Medical and sanitary report of the native army of Bengal for the year
Year: 1876
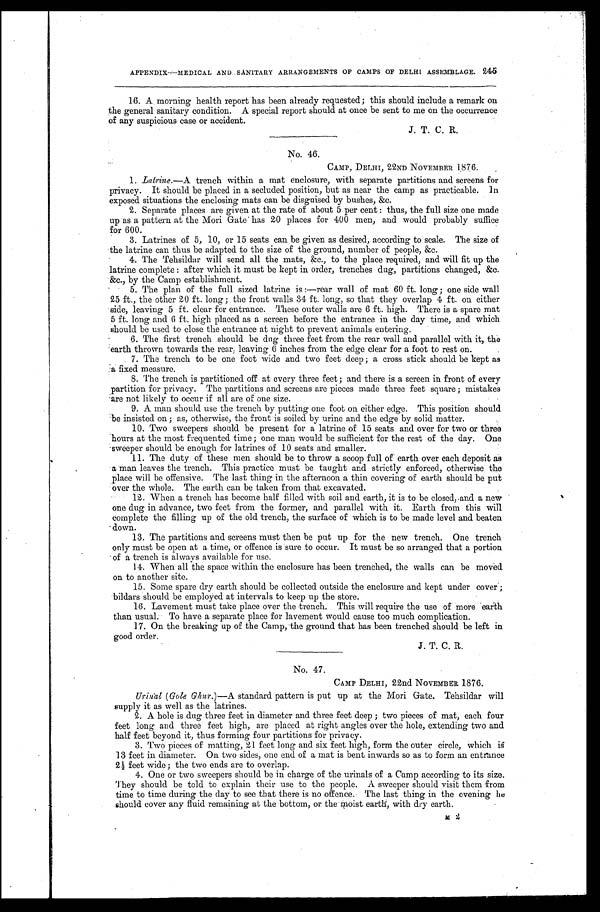
APPENDIX-MEDICAL AND.. SANITARY ARRANGEMENTS OF CAMPS OF DELHI ASSEMBLAGE. 245
16. A morning health report has been already requested.; this should include a remark on
the .general sanitary condition. A special report should at once be sent to me on the occurrence
of any suspicious case or accident.
J. T. C. R.
•
No. 46.
CAMP, DELHI, 22ND NOVEMBER 1876.
1. Latrine.—A trench within a mat enclosure, with separate partitions and screens for
privacy. It should be placed in a secluded position, but as near the camp as practicable. in
exposed situations the enclosing mats can be disguised by bushes, &c.
2. Separate places are given at the rate of about 5 per cent : thus, the full size one made
up •as-a pattern at the Mori Gate' has 20 places for 400 men, and would probably suffice
for 600.
3. Latrines of 5, 10, or 15 seats can be given as desired, according to scale. The size of
the latrine can thus be adapted to the size of the ground, number of people, &c.
• 4. The Tehsildar will send all the mats, &c., to the place required, and will fit up the
latrine complete : after which it must be kept in order, trenches dug, partitions changed, &c.
&c., by the Camp establishment.
• 5. The plan of the full sized latrine is :—rear wall of mat 60 ft. long ; one side wall
25 ft., the other 20 ft. long ; the front walls 34 ft. long, so that they overlap 4 ft. on either
side, leaving 5 ft. clear for entrance. These outer walls are 6 ft. high. There is a spare mat
5 ft. long and 6 ft. high placed as a screen before the entrance in the day time, and which
should be used to close the entrance at night to prevent animals entering.
6. The first trench should be dug three feet from the rear wall and parallel with it, the
'earth thrown towards the rear ; leaving 6 inches from the edge clear for a foot to rest on.
. 7. The trench to be one foot wide and two feet deep ; a cross stick should be kept as
:a fixed measure.
•
8. The trench is partitioned off at every three feet; and there is a screen in front of every
partition for privacy. The partitions and screens are pieces made three feet square ; mistakes
are not likely to occur if all are of one size.
9. A man should. use the trench by putting one foot on either edge. This position should
be insisted on ; as, otherwise, the front is soiled by urine and the edge by solid matter.
. 10. Two sweepers should be present for a latrine of 15 seats and over for two or three
hours at the most frequented time ; one man would be sufficient for the rest of the day. One
sweeper should be enough for latrines of 10 seats and smaller.
11. The duty of these men should be to throw a scoop full of earth over each deposit as
a man leaves the trench. This practice must be taught and strictly enforced, otherwise the
place will be offensive. The last thing in the afternoon a thin covering of earth should be put
•over the whole. The earth can be taken from that excavated.
• 12. When a trench has become half filled with soil and earth, it is to be closed, and a new
one dug in advance, two feet from the former, and parallel with it. Earth from this will
complete the filling up of the old trench, the surface of which is to be made level and beaten
down.
13. The partitions and screens must then be put up for the new trench. One trench
only must be open at a time, or offence is 'sure to occur. It must be so arranged that a portion
•of a trench is always available for use.
14. When all the space within the enclosure has been trenched, the walls can be. moved
on to another site.
15. Some spare dry earth should be collected outside the enclosure and kept under cover ;
bildars should be employed at intervals to keep up the store.
16. Lavement must take place over the trench. This will require the use of more earth
than usual. To have a separate place for lavement would cause too much complication.
17. On the breaking up of the Camp, -the ground that has been trenched should be left in
good order.
•
J. T. C. R.
No. 47.
•
CAMP DELHI, 22nd NOVEMBER 1876.
Urnal (Gole Ghur.)—A standard. pattern is put up at the Mori Gate. Tehsildar will
supply it as well as the latrines.
2. A hole is dug three feet in diameter and three feet deep ; two pieces of mat, each four
feet long
long, and three feet high, are placed at right angles over the hole, extending two and
half feet beyond it, thus forming four partitions for privacy.
3. Two pieces of matting, 21 feet long and six feet high, form the outer circle, which is
13 feet in diameter. On two sides, one end of a mat is bent inwards so as to form an entrance
2 ½ f e e t w i d e ; t h e t w o e n d s a r e t o o v e r l a p .
4. One or two sweepers should be in charge of the urinals of a Camp according to its size.
They should be told to explain their use to the people. A sweeper should visit them from
time to time during the clay to see that there is no offence. The last thing in the evening he
. .should cover any fluid remaining at the bottom, -or the-Moist earth, with dry earth.
M